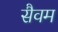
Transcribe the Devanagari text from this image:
सैवम